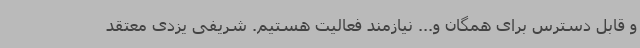
و قابل دسترس برای همگان و... نیازمند فعالیت هستیم. شریفی یزدی معتقد